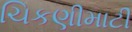
ચિકણીમાટી